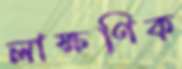
লাক্ষণিক